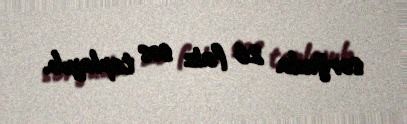
sorğuda 26 faiz səs toplayıb.